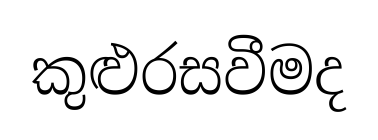
කුළුරසවීමද